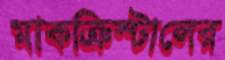
মাকক্রিস্টালের